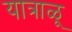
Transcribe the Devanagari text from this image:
यात्राळू